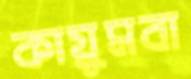
কায়ুমবা